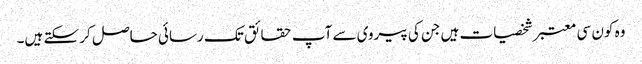
وہ کون سی معتبر شخصیات ہیں جن کی پیروی سے آپ حقائق تک رسائی حاصل کر سکتے ہیں۔